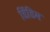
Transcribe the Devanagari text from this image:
डिंडिम